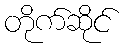
တိုက်ဆိုင်